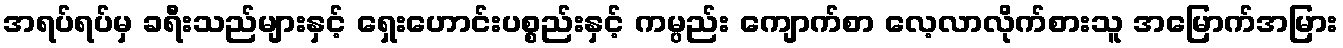
အရပ်ရပ်မှ ခရီးသည်များနှင့် ရှေးဟောင်းပစ္စည်းနှင့် ကမ္ပည်း ကျောက်စာ လေ့လာလိုက်စားသူ အမြောက်အမြား